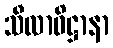
သီလာဓိဋ္ဌာနာ